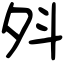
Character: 斘